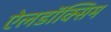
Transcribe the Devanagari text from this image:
ऐलडॉक्सिम